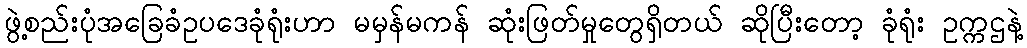
ဖွဲ့စည်းပုံအခြေခံဥပဒေခုံရုံးဟာ မမှန်မကန် ဆုံးဖြတ်မှုတွေရှိတယ် ဆိုပြီးတော့ ခုံရုံး ဥက္ကဌနဲ့